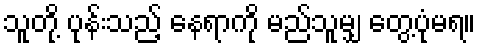
သူတို့ ပုန်းသည့် နေရာကို မည်သူမျှ တွေ့ပုံမရ။